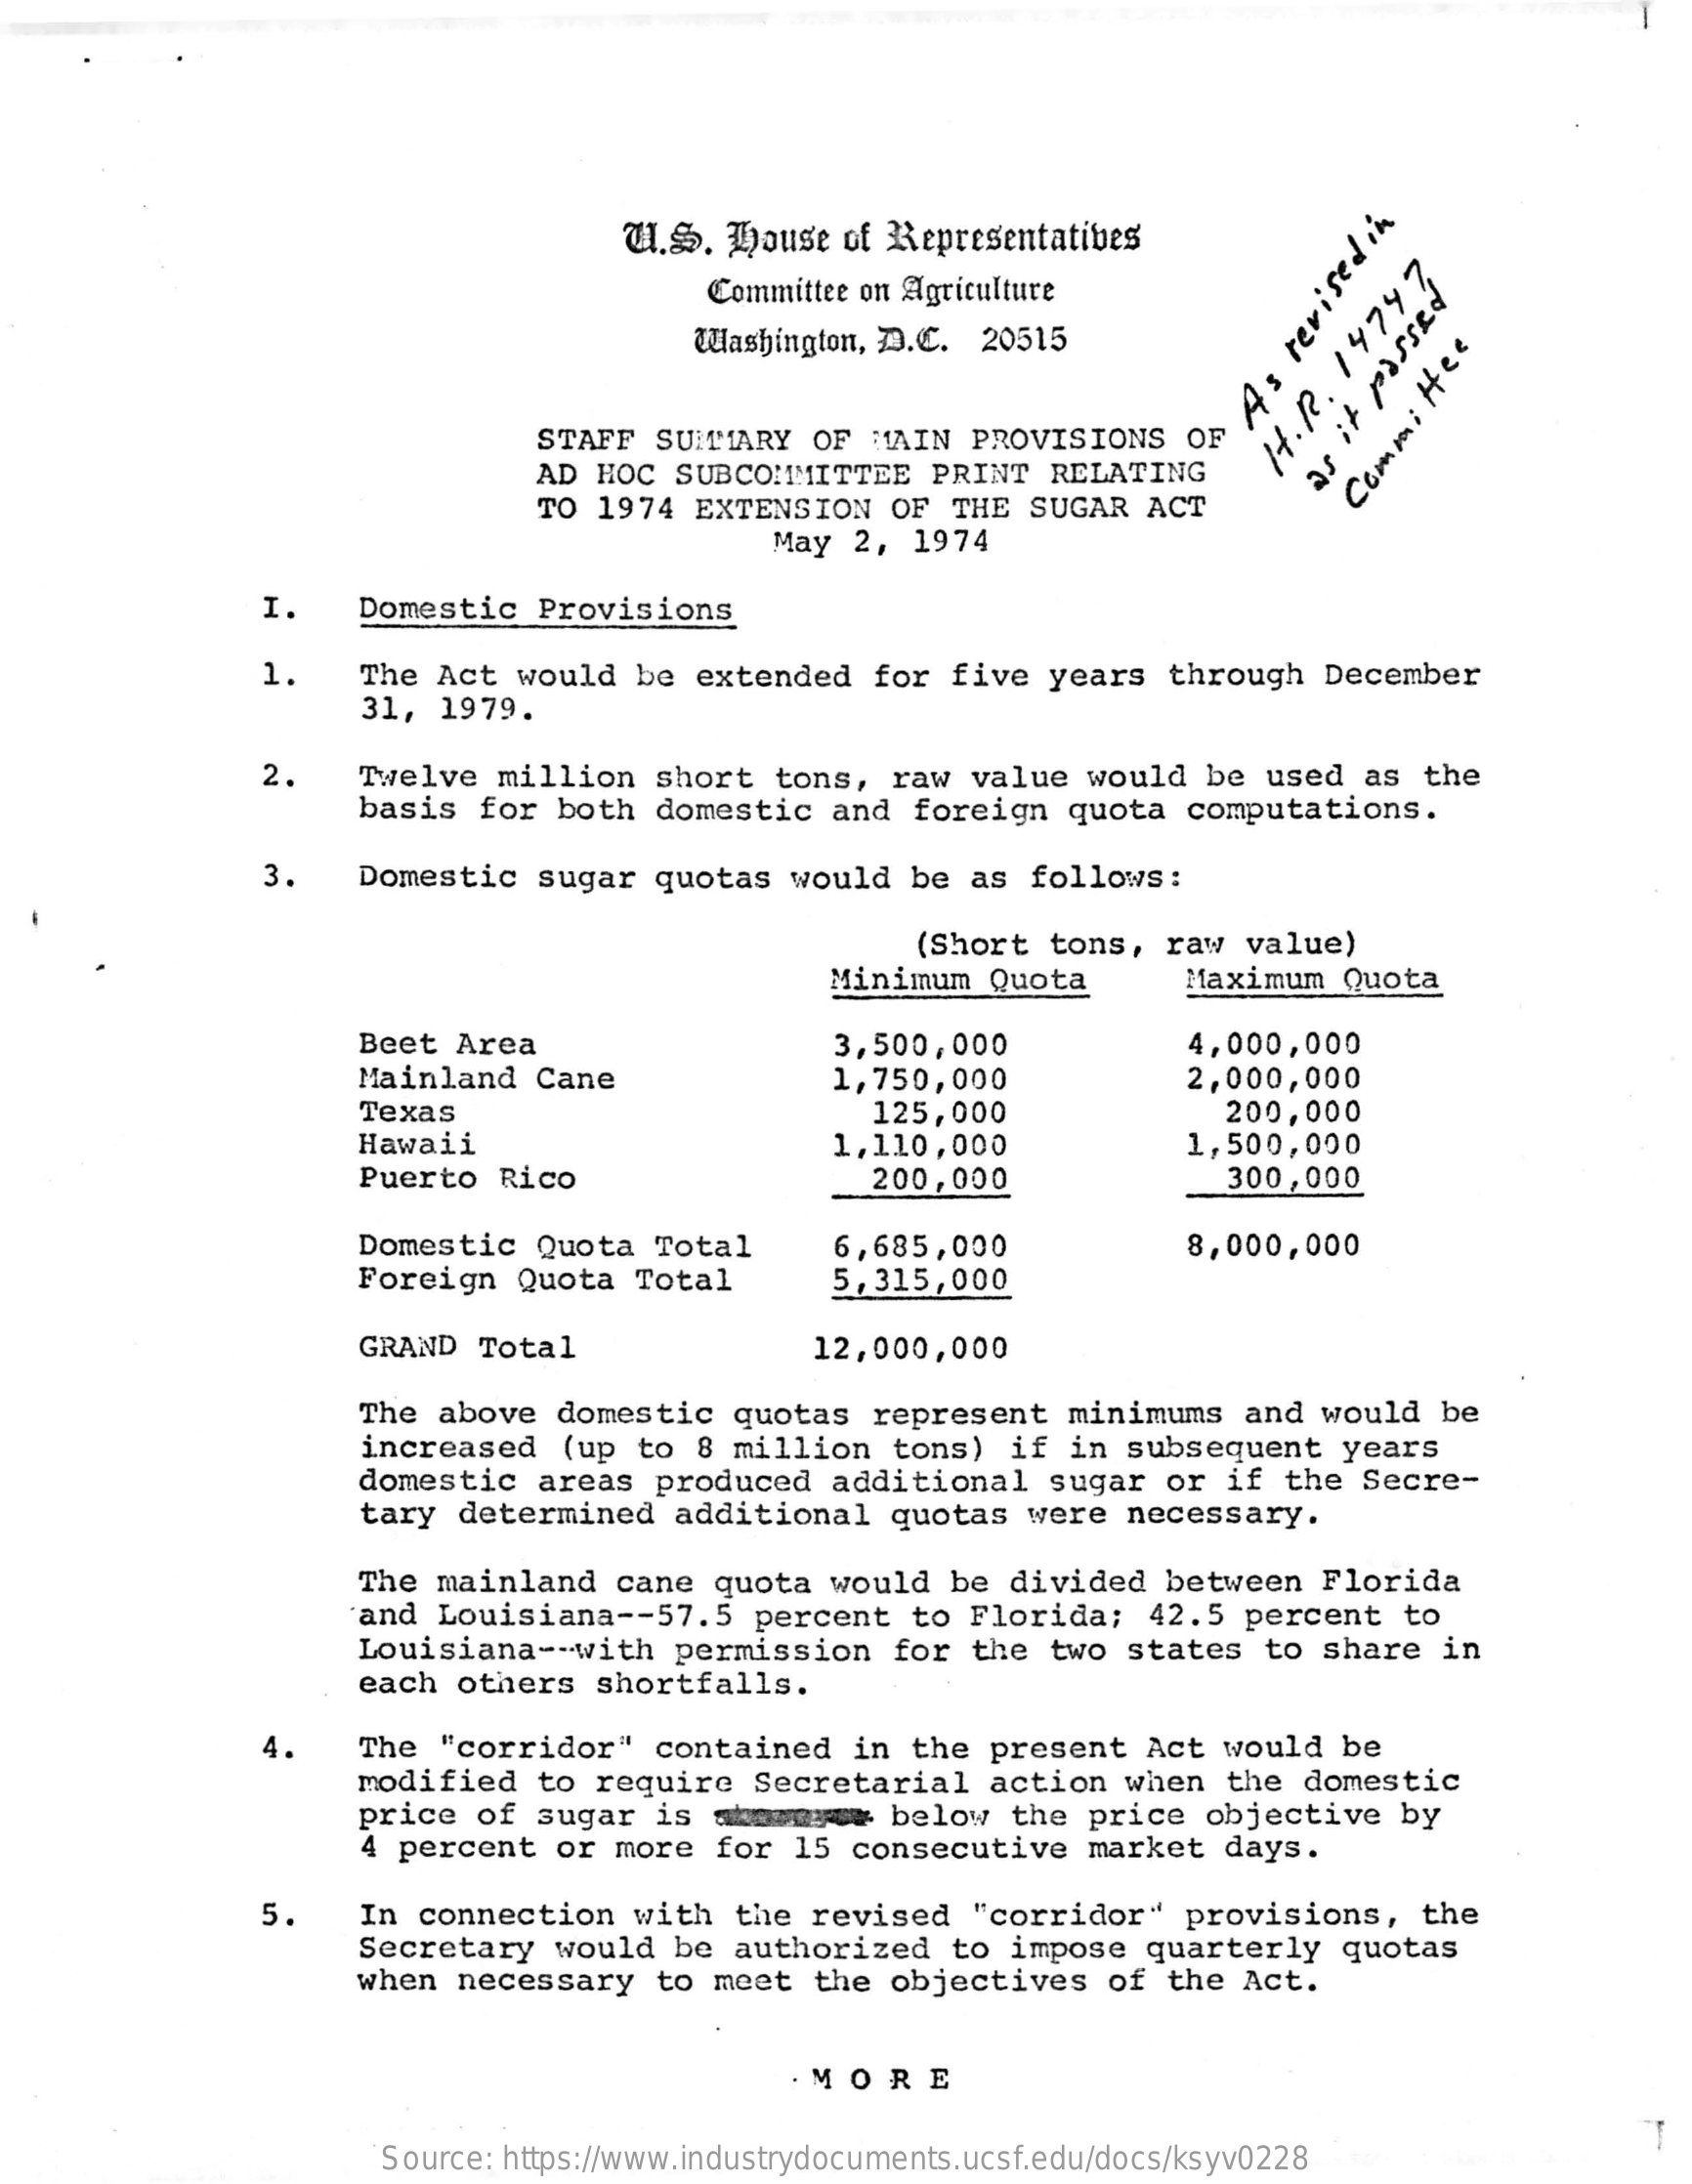
U.S. house of Representatives
     Committee on Agriculture
     passed
     to
     se
     Washington, D.C. 20515
     STAFF SUMMARY OF MAIN PROVISIONS OF
     As
     revised
     in
     AD HOC SUBCOMMITTEE PRINT RELATING
     H.R.
     14747,
     TO 1974 EXTENSION OF THE SUGAR ACT
     Commi
     Hee
     May 2, 1974
     I.  Domestic Provisions
     1.  The Act would be extended for five years through December
     31, 1979.
     2.  Twelve million short tons, raw value would be used as the
     basis for both domestic and foreign quota computations.
     3.  Domestic sugar quotas would be as follows:
     (Short tons, raw value)
     Minimum Quota  Maximum Quota
     Beet Area    3,500,000    4,000,000
     Mainland Cane    1,750,000
     125,000
     2,000,000
     Texas    200,000
     Hawaii    1,110,000    1,500,000
     Puerto Rico    200,000    300,000
     Domestic Quota Total
     Foreign Quota Total
     6,685,000
     5,315,000
     8,000,000
     GRAND Total    12,000,000
     The above domestic quotas represent minimums and would be
     increased (up to 8 million tons) if in subsequent years
     domestic areas produced additional sugar or if the Secre-
     tary determined additional quotas were necessary.
     The mainland cane quota would be divided between Florida
     and Louisiana -- 57.5 percent to Florida; 42.5 percent to
     Louisiana -- with permission for the two states to share in
     each others shortfalls.
     4.  The "corridor" contained in the present Act would be
     modified to require Secretarial action when the domestic
     price of sugar is atommyse below the price objective by
     4 percent or more for 15 consecutive market days.
     5.  In connection with the revised "corridor" provisions, the
     Secretary would be authorized to impose quarterly quotas
     when necessary to meet the objectives of the Act.
     · MORE
     ustrydocument  /docs/ksyv0228